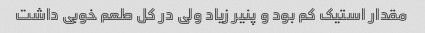
مقدار استیک کم بود و پنیر زیاد ولی در کل طعم خوبی داشت